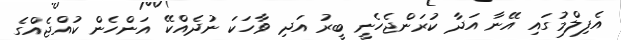
އެފިލްމުގައި އޭނާ އަދާ ކުރަންޖެހެނީ ބީރު އަދި ވާހަކަ ނުދެއްކޭ އަންހެން ކުއްޖެއްގެ